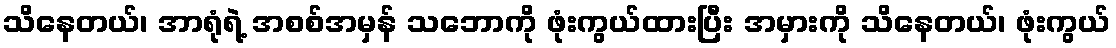
သိနေတယ်၊ အာရုံရဲ့ အစစ်အမှန် သဘောကို ဖုံးကွယ်ထားပြီး အမှားကို သိနေတယ်၊ ဖုံးကွယ်